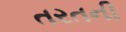
તરતની